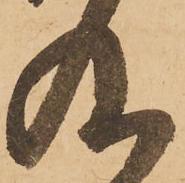
及